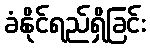
ခံနိုင်ရည်ရှိခြင်း